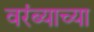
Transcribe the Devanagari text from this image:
वरंब्याच्या